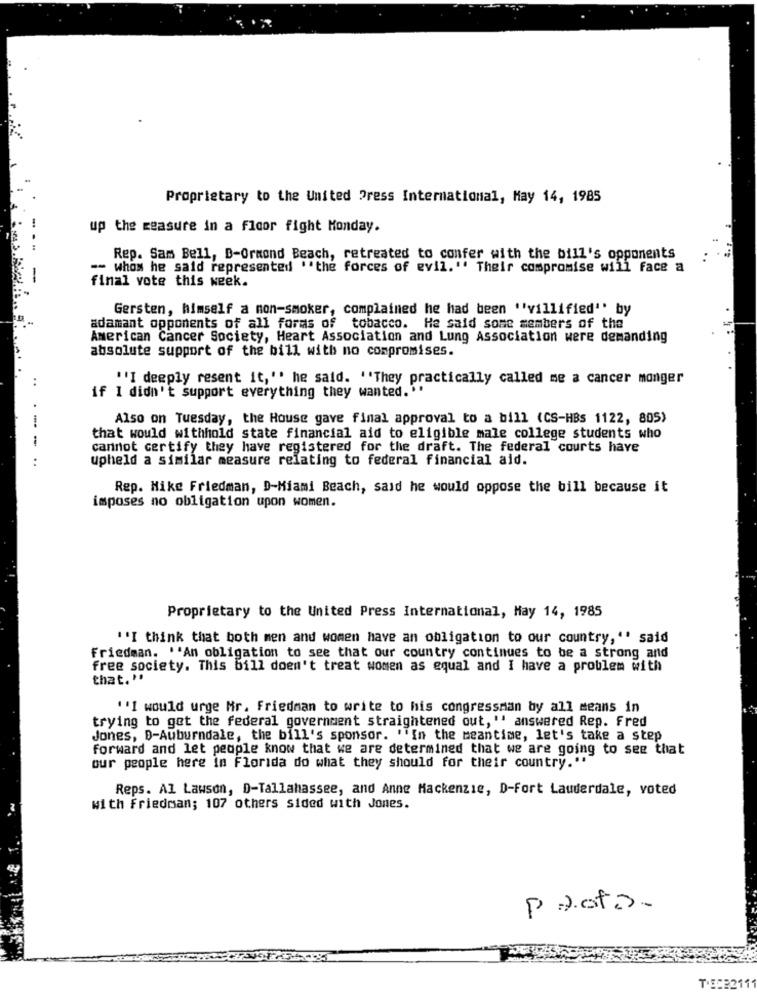
Proprietary to the United Press International, May 14, 1985
up the measure in a floor fight Monday.
Rep. Sam Bell, B-Ormond Beach, retreated to confer with the bill's opponents
-- Whom he said represented ''the forces of evil." Their compromise will face a
final vote this week.
Gersten, himself a mon-smoker, complained he had been "villified'' by
adamant opponents of all forms of tobacco. He said some members of the
American Cancer Society, Heart Association and Lung Association were demanding
absolute support of the bill with no compromises.
"I deeply resent it," he said. "They practically called me a cancer monger
if I didn't support everything they wanted."'
Also on Tuesday, the House gave final approval to a bill (CS-HBs 1122, 805)
that would withhold state financial aid to eligible male college students who
cannot certify they have registered for the draft. The federal courts have
upheld a similar measure relating to federal financial aid.
Rep. Mike Friedman, D-Miami Beach, said he would oppose the bill because it
imposes no obligation upon women.
Proprietary to the United Press International, May 14, 1985
"I think that both men and women have an obligation to our country," said
Friedman. ''An obligation to see that our country continues to be a strong and
free society. This bill doen't treat women as equal and I have a problem with
that. "
''I would urge Mr. Friedman to write to his congressman by all means in
trying to get the federal government straightened out," answered Rep. Fred
Jones, D-Auburndale, the bill's sponsor. 'In the meantime, let's take a step
forward and let people know that we are determined that we are going to see that
our people here in Florida do what they should for their country.".
Reps. Al Lawson, D-Tallahassee, and Anne Mackenzie, D-Fort Lauderdale, voted
with Friedman; 107 others sided with Jones.
Prof.
T.EC22111